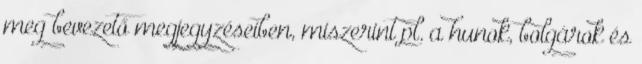
meg bevezető megjegyzéseiben, miszerint pl. a hunok, bolgárok és